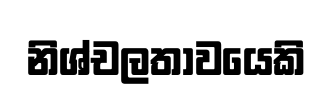
නිශ්චලතාවයෙකි